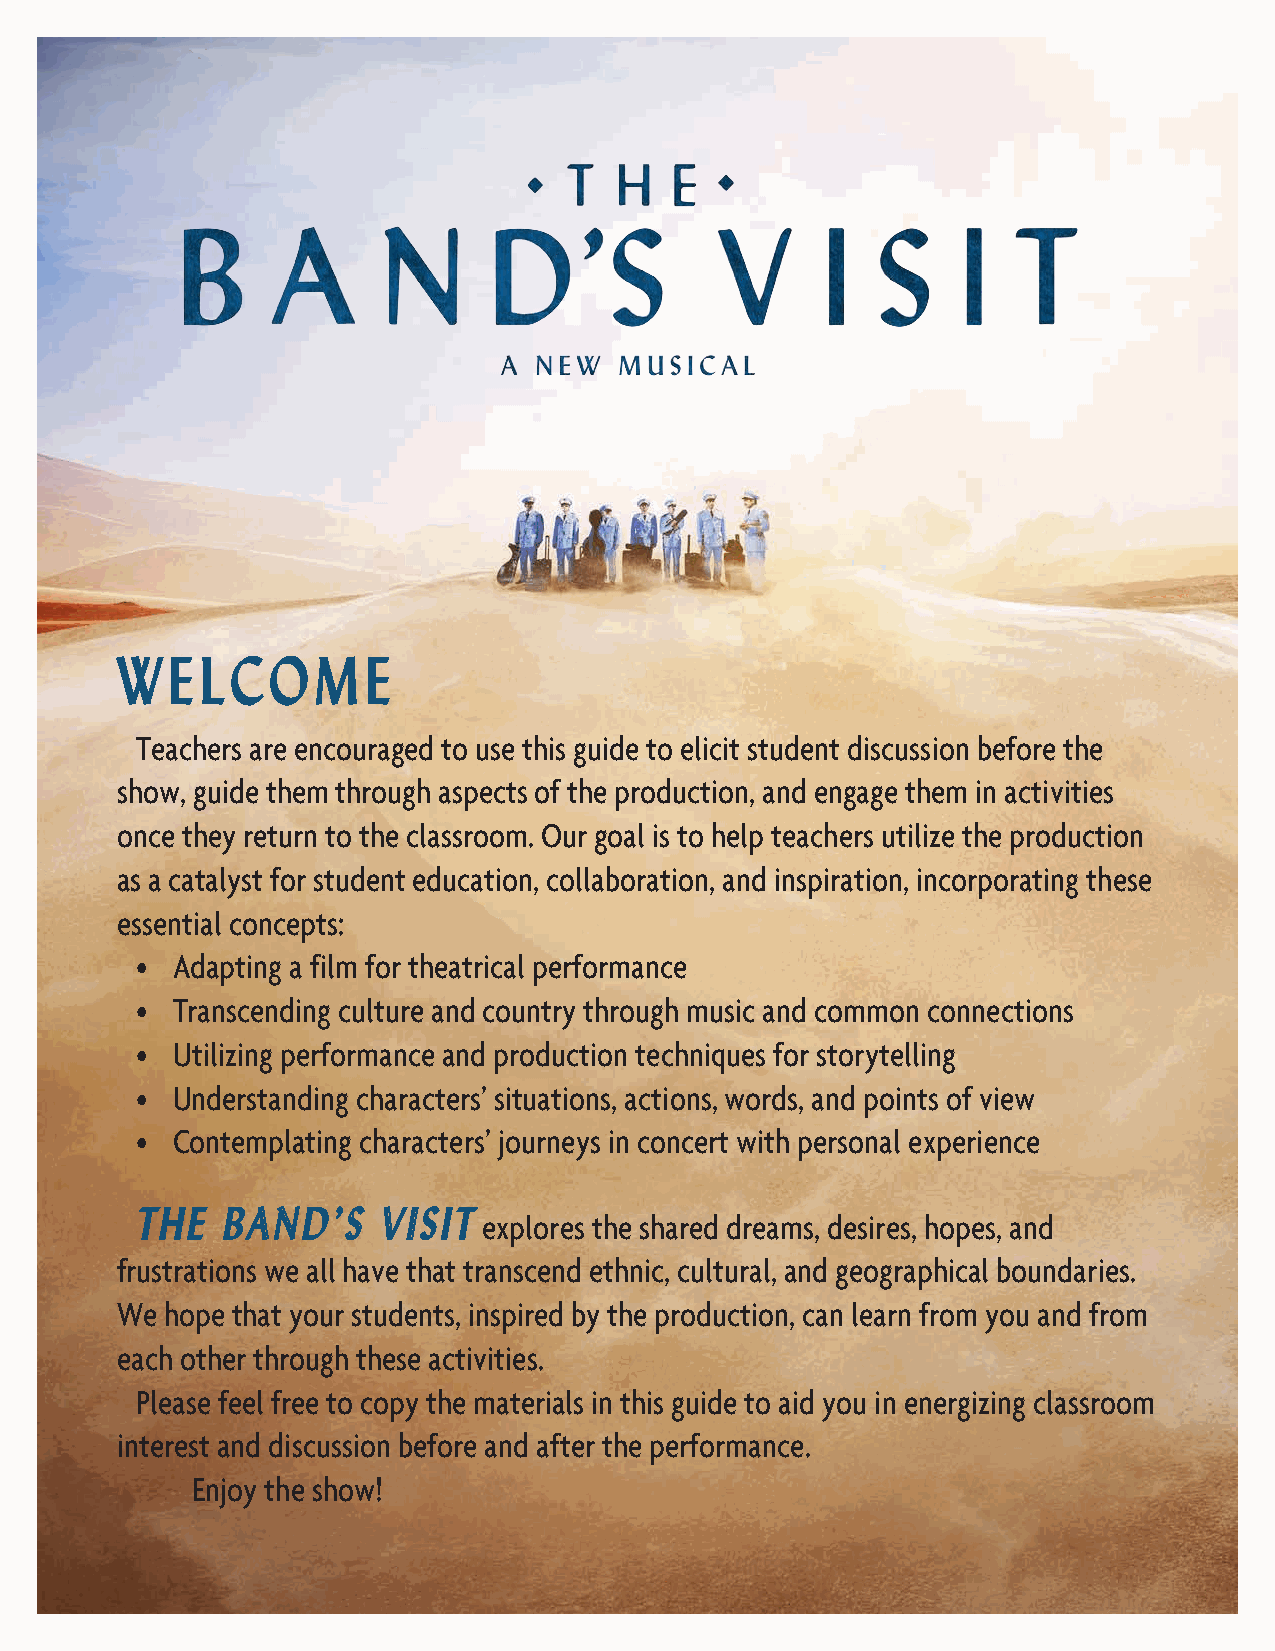
W  E L C  O  M  E
 Teachers are encouraged to use this guide to elicit student discussion before the
 show, guide them through aspects of the production, and engage them in activities
 once they return to the classroom. Our goal is to help teachers utilize the production
 as a catalyst for student education, collaboration, and inspiration, incorporating these
 essential concepts:
 • Adapting a film for theatrical performance
 • Transcending culture and country through music and common connections
 • Utilizing performance and production techniques for storytelling
 • Understanding characters’ situations, actions, words, and points of view
 • Contemplating characters’ journeys in concert with personal experience
 THE   BAND’S    VISIT  explores the shared dreams, desires, hopes, and
 frustrations we all have that transcend ethnic, cultural, and geographical boundaries.
 We hope that your students, inspired by the production, can learn from you and from
 each other through these activities.
 Please feel free to copy the materials in this guide to aid you in energizing classroom
 interest and discussion before and after the performance.
 Enjoy the show!